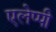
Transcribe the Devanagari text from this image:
एलेप्पी